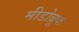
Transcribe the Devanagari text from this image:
मीडोब्रूक